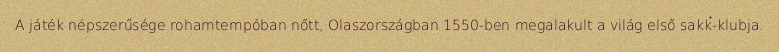
A játék népszerűsége rohamtempóban nőtt, Olaszországban 1550-ben megalakult a világ első sakk-klubja.